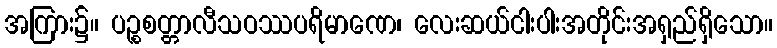
အကြား၌။ ပဉ္စစတ္တာလီသဝဿပရိမာဏေ၊ လေးဆယ်ငါးပါးအတိုင်းအရှည်ရှိသော။